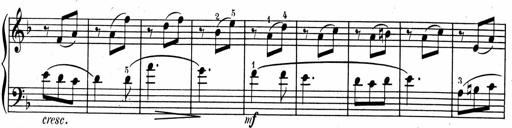
Title: 1Ã¨re Sonatine
Composer: FrÃ©dÃ©ric Binet